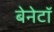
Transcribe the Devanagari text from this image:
बेनेटॉ